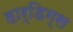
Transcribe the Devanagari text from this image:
हार्डिग्स